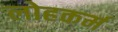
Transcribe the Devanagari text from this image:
लोहकर्म